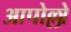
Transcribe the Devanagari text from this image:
आपोल्लो